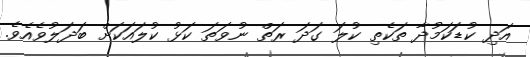
އަދި ކުޑަކަމުދާ ތަކެތި ކުލަ ގަދަ ރަތް ނުވަތަ ކަޅު ކުލައަކަށް ބަދަލުވެއެވެ.